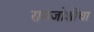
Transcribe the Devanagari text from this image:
रामजोशींचा